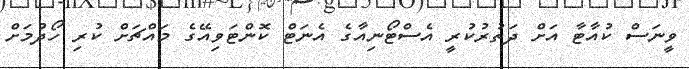
ވީނަސް ކުއާޓާ އަށް ދަތުރުކުރީ އެސްޓޯނިއާގެ އެނަޓް ކޮންޓަވިއޭގެ މައްޗަށް ކުރި ހޯދުމަށް